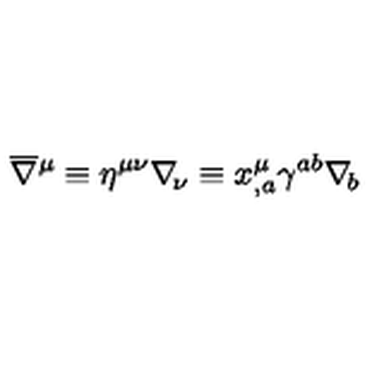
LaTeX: \overline { \nabla } { ^ \mu } \equiv \eta ^ { \mu \nu } \nabla _ { \! \nu } \equiv x _ { , a } ^ { \mu } \gamma ^ { a b } \nabla _ { \! b }